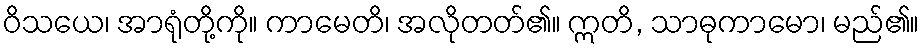
ဝိသယေ၊ အာရုံတို့ကို။ ကာမေတိ၊ အလိုတတ်၏။ ဣတိ, သာဓုကာမော၊ မည်၏။